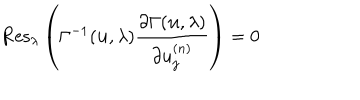
LaTeX: \mathrm { R e s } _ { \lambda } \left( \Gamma ^ { - 1 } ( { \bf u } , \lambda ) \frac { \partial \Gamma ( { \bf u } , \lambda ) } { \partial u _ { j } ^ { ( n ) } } \right) = 0